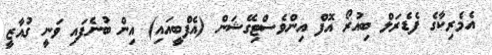
އެމެރިކާގެ ފެޑެރަލް ބިއުރޯ އޮފް އިންވެސްޓިގޭޝަން (އެފްބީއައި) އިން ބުނެފައި ވަނީ ގުއާޒީ